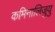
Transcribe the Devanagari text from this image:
कमिनालिजुयु